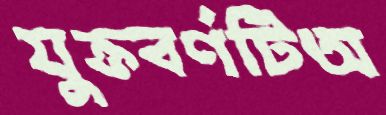
যুক্তবর্ণটিঅ